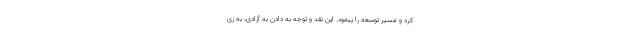
کرد و مسیر توسعه را پیمود. این نقد و توجه به دادن به آزادی، به زی